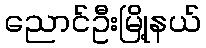
ညောင်ဦးမြို့နယ်